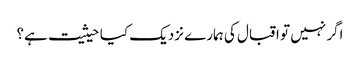
اگر نہیں تو اقبال کی ہمارے نزدیک کیا حیثیت ہے؟